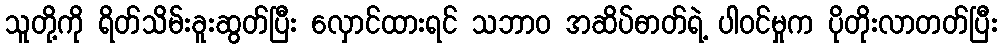
သူတို့ကို ရိတ်သိမ်းခူးဆွတ်ပြီး လှောင်ထားရင် သဘာဝ အဆိပ်ဓာတ်ရဲ့ ပါဝင်မှုက ပိုတိုးလာတတ်ပြီး